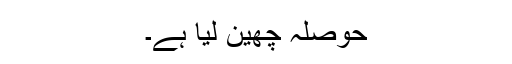
حوصلہ چھین لیا ہے۔